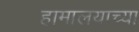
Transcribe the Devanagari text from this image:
हामालयाच्या